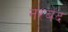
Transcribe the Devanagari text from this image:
नरबद